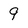
Character: 9